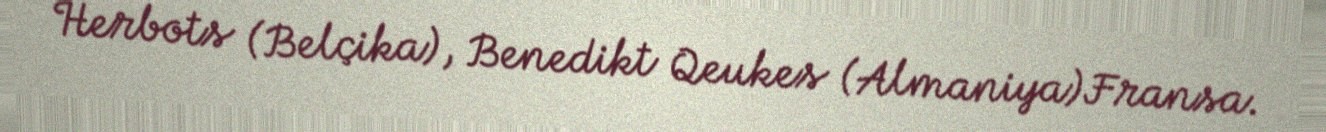
Herbots (Belçika), Benedikt Qeukes (Almaniya)Fransa.